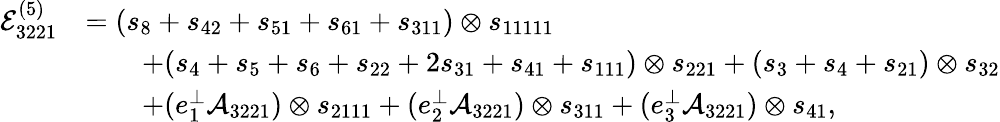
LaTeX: \begin{array}{rl}{\mathcal{E}_{3221}^{(5)}}&{=(s_{8}+s_{42}+s_{51}+s_{61}+s_{311})\otimes s_{11111}}\\ &{\qquad+(s_{4}+s_{5}+s_{6}+s_{22}+2s_{31}+s_{41}+s_{111})\otimes s_{221}+(s_{3}+s_{4}+s_{21})\otimes s_{32}}\\ &{\qquad+(e_{1}^{\perp}\mathcal{A}_{3221})\otimes s_{2111}+(e_{2}^{\perp}\mathcal{A}_{3221})\otimes s_{311}+(e_{3}^{\perp}\mathcal{A}_{3221})\otimes s_{41},}\end{array}